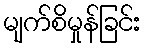
မျက်စိမှုန်ခြင်း